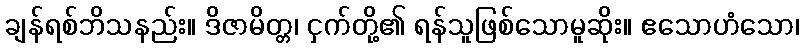
ချန်ရစ်ဘိသနည်း။ ဒိဇာမိတ္တ၊ ငှက်တို့၏ ရန်သူဖြစ်သောမူဆိုး။ ဧသောဟံသော၊